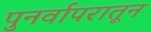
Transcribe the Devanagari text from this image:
पुनर्वापरातून